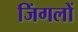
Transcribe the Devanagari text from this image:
जिंगलों